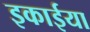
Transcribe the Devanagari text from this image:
इकाईया